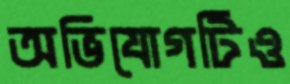
অভিযোগটিও